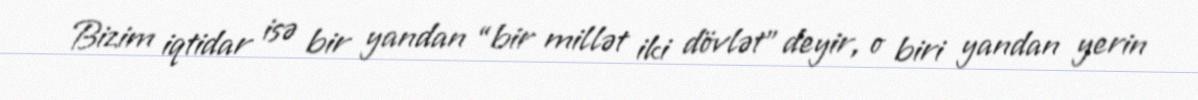
Bizim iqtidar isə bir yandan “bir millət iki dövlət” deyir, o biri yandan yerin